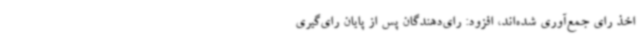
اخذ رای جمع‌آوری شده‌اند، افزود: رای‌دهندگان پس از پایان رای‌گیری